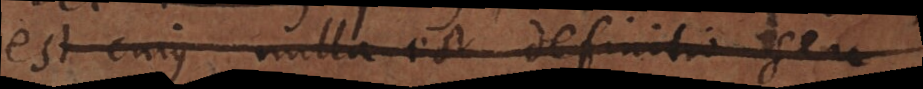
est cujus nulla est definitio seu